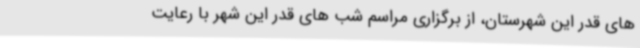
های قدر این شهرستان، از برگزاری مراسم شب های قدر این شهر با رعایت